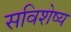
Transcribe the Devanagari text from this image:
सविशेष्य